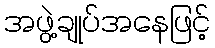
အဖွဲ့ချုပ်အနေဖြင့်